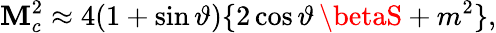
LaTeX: \mathbf{M}_{c}^{2}\approx4(1+\sin\vartheta)\{ 2\cos\vartheta\, \betaS+m^{2}\} ,